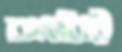
বনবিট